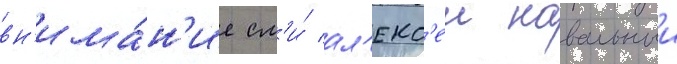
вн'има́н'ие см'и́ ал'екс'еи навальныи